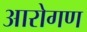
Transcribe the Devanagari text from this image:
आरोगण